Vaccination in Bombay 1924-1928 - 1924-1928
Year: 1924
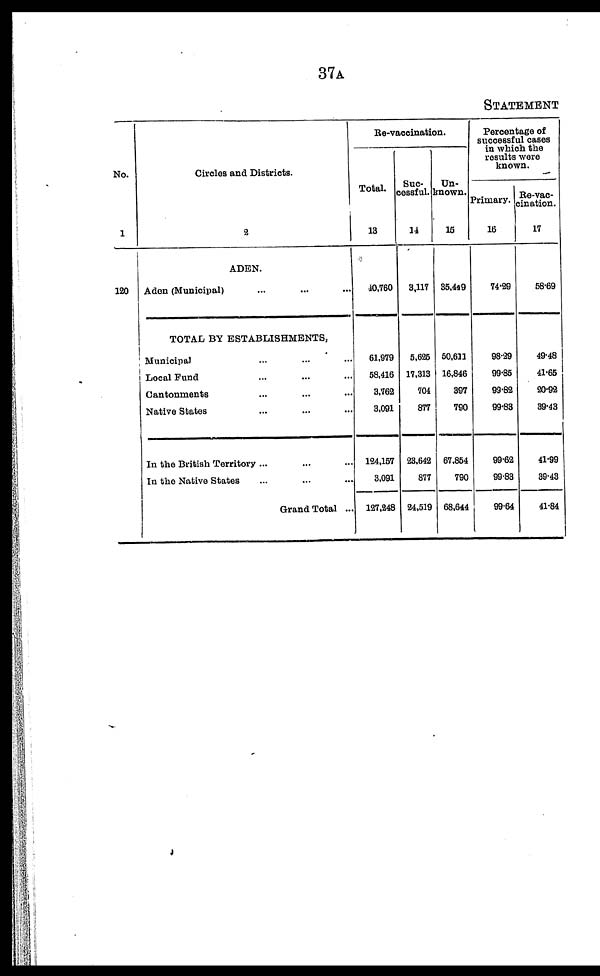
37A
STATEMENT
No.
1
120
Circles and Districts.
2
ADEN.
Aden (Municipal) ... ... ...
TOTAL BY ESTABLISHMENTS.
Municipal ... ... ...
Local Fund ... ... ...
Cantonments ... ... ...
Native States ... ... ...
In the British Territory ... ... ...
In the Native States ... ... ...
Grand Total ...
Re-vaccination.
Total.
13
40,760
61,979
58,416
3,762
3,091
124,157
3,091
127,248
Suc-
cessful.
14
3,117
5,625
17,313
704
877
23,642
877
24,519
Un-
known.
15
35,449
50,611
16,846
397
790
67,854
790
68,644
Percentage of
successful cases
in which the
results were
known.
Primary.
16
74.29
98.29
99.85
99.82
99.83
99.62
99.83
99.64
Re-vac¬
cination.
17
58.69
49.48
41.65
20.92
39.43
41.99
39.43
41.84